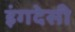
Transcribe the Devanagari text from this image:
इंगदेसी